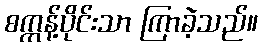
စက္ကန့်ပိုင်းသာ ကြာခဲ့သည်။